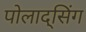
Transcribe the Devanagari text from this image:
पोलाद्सिंग